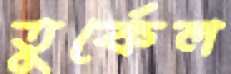
তুর্কেল